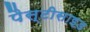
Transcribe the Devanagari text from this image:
पैस्टीसाइड